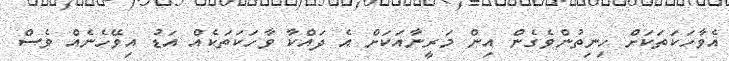
އެވާހަކަތަކަށް ހިނިތުންވެގެން އިން މަރީނާއަކަށް އެ ދައްކާ ވާހަކަތަކެއް އަޑު އިވޭހެނެއް ވެސް